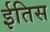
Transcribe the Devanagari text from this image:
ईतिस